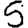
Digit: 5